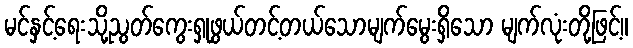
မင်နှင့်ရေးသို့ညွတ်ကွေးရှုဖွယ်တင့်တယ်သောမျက်မွေးရှိသော မျက်လုံးတို့ဖြင့်။